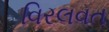
વિરલવત